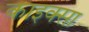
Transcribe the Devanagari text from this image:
काइक्सा